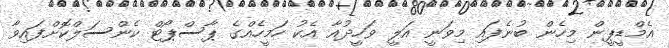
އެމްޑީޕީން މިހެން ބުނެފައި މިވަނީ އަލީ ވަހީދުއާ އެކު ހަމީހެއްގެ ޕާސްޕޯޓް ކެންސަލްކޮށްފައިވާ